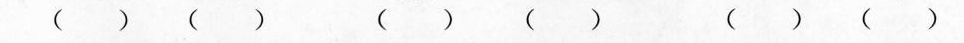
( ) ( ) ( ) ( ) ( ) ( )